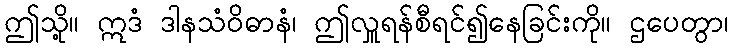
ဤသို့။ ဣဒံ ဒါနသံဝိဓာနံ၊ ဤလှူရန်စီရင်၍နေခြင်းကို။ ဌပေတွာ၊